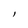
Character: l